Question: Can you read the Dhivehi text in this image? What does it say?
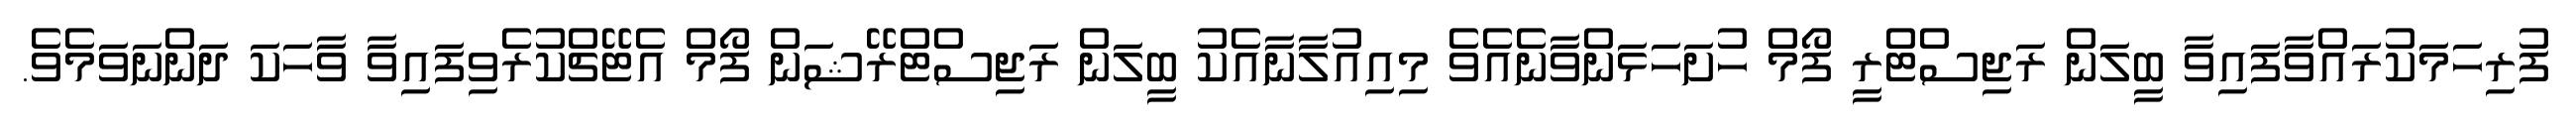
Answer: ފުރިހަމަކުރައްވާފައިވާ ބީލަން ރަޖިސްޓްރީ ފޯމް ހުށަހަޅަންވާނެއެވެ މިއިއުލާނާއެކު ބީލަން ރަޖިސްޓްރޭޝަން ފޯމް އެޓޭޗްކުރެވިފައިވާ ވާހަކަ ދަންނަވަމެވެ.